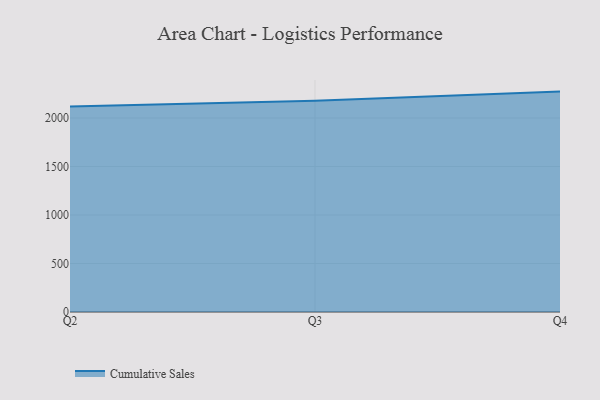
{"axis": {"x": "Quarter", "y": "Production Output"}, "legend": ["Cumulative Sales"], "data": [{"x": "Q2", "y": 2118.5, "type": "Cumulative Sales"}, {"x": "Q3", "y": 2178.5, "type": "Cumulative Sales"}, {"x": "Q4", "y": 2272.0, "type": "Cumulative Sales"}]}